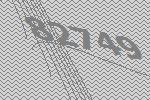
82749